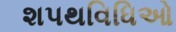
શપથવિધિઓ